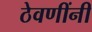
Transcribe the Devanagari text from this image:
ठेवणींनी